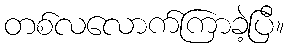
တစ်လလောက်ကြာခဲ့ပြီ။